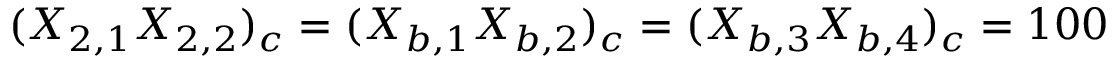
( X _ { 2 , 1 } X _ { 2 , 2 } ) _ { c } = ( X _ { b , 1 } X _ { b , 2 } ) _ { c } = ( X _ { b , 3 } X _ { b , 4 } ) _ { c } = 1 0 0